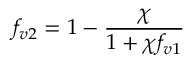
f _ { v 2 } = 1 - \frac { \chi } { 1 + \chi f _ { v 1 } }